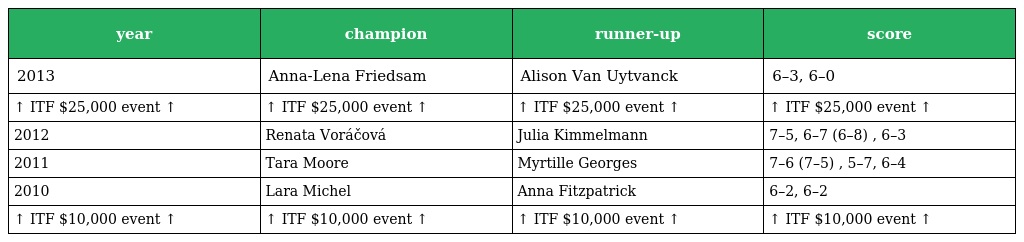
| year | champion | runner-up | score |
 | --- | --- | --- | --- |
 | 2013 | Anna-Lena Friedsam | Alison Van Uytvanck | 6–3, 6–0 |
 | ↑ ITF $25,000 event ↑ | ↑ ITF $25,000 event ↑ | ↑ ITF $25,000 event ↑ | ↑ ITF $25,000 event ↑ |
 | 2012 | Renata Voráčová | Julia Kimmelmann | 7–5, 6–7 (6–8) , 6–3 |
 | 2011 | Tara Moore | Myrtille Georges | 7–6 (7–5) , 5–7, 6–4 |
 | 2010 | Lara Michel | Anna Fitzpatrick | 6–2, 6–2 |
 | ↑ ITF $10,000 event ↑ | ↑ ITF $10,000 event ↑ | ↑ ITF $10,000 event ↑ | ↑ ITF $10,000 event ↑ |